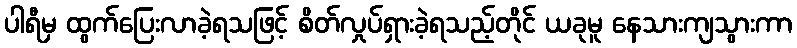
ပါရီမှ ထွက်ပြေးလာခဲ့ရသဖြင့် စိတ်လှုပ်ရှားခဲ့ရသည့်တိုင် ယခုမူ နေသားကျသွားကာ